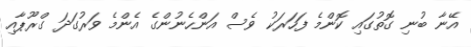
އޭނާ ބުނި ގޮތުގައި ކޮންމެ ފަހަރަކު ވެސް އަންހެނުންގެ އެންމެ ވަރުގަދަ ގްރޫޕާއި